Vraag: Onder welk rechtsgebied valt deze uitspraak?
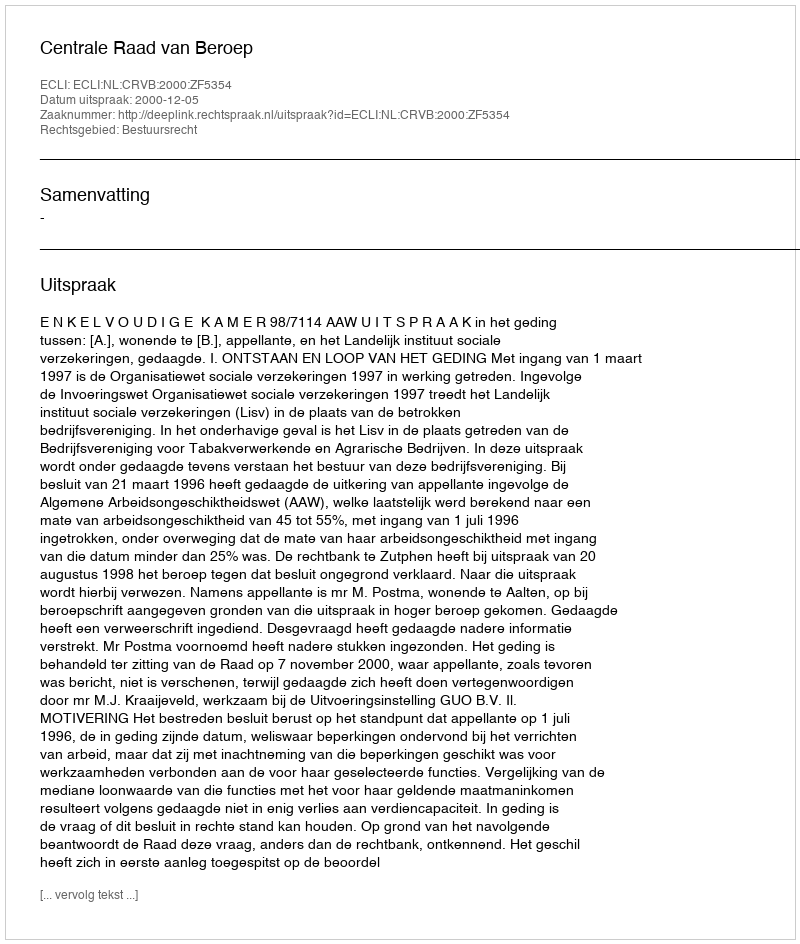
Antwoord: Bestuursrecht